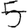
Digit: 5